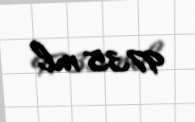
9735 ml